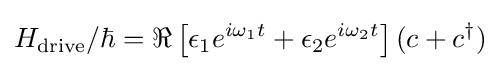
H_{\mathrm {drive} }/\hbar =\Re \left[\epsilon _{1}e^{i\omega _{1}t}+\epsilon _{2}e^{i\omega _{2}t}\right](c+c^{\dagger })